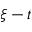
\xi - t